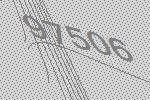
97506